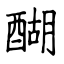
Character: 醐